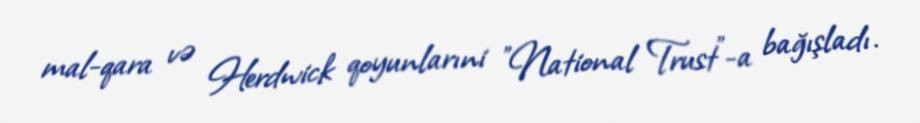
mal-qara və Herdwick qoyunlarıni "National Trust"-a bağışladı.